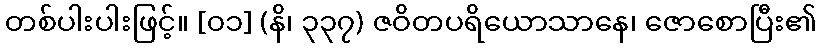
တစ်ပါးပါးဖြင့်။ [၀၁] (နိ၊ ၃၃၇) ဇဝိတပရိယောသာနေ၊ ဇောစောပြီး၏